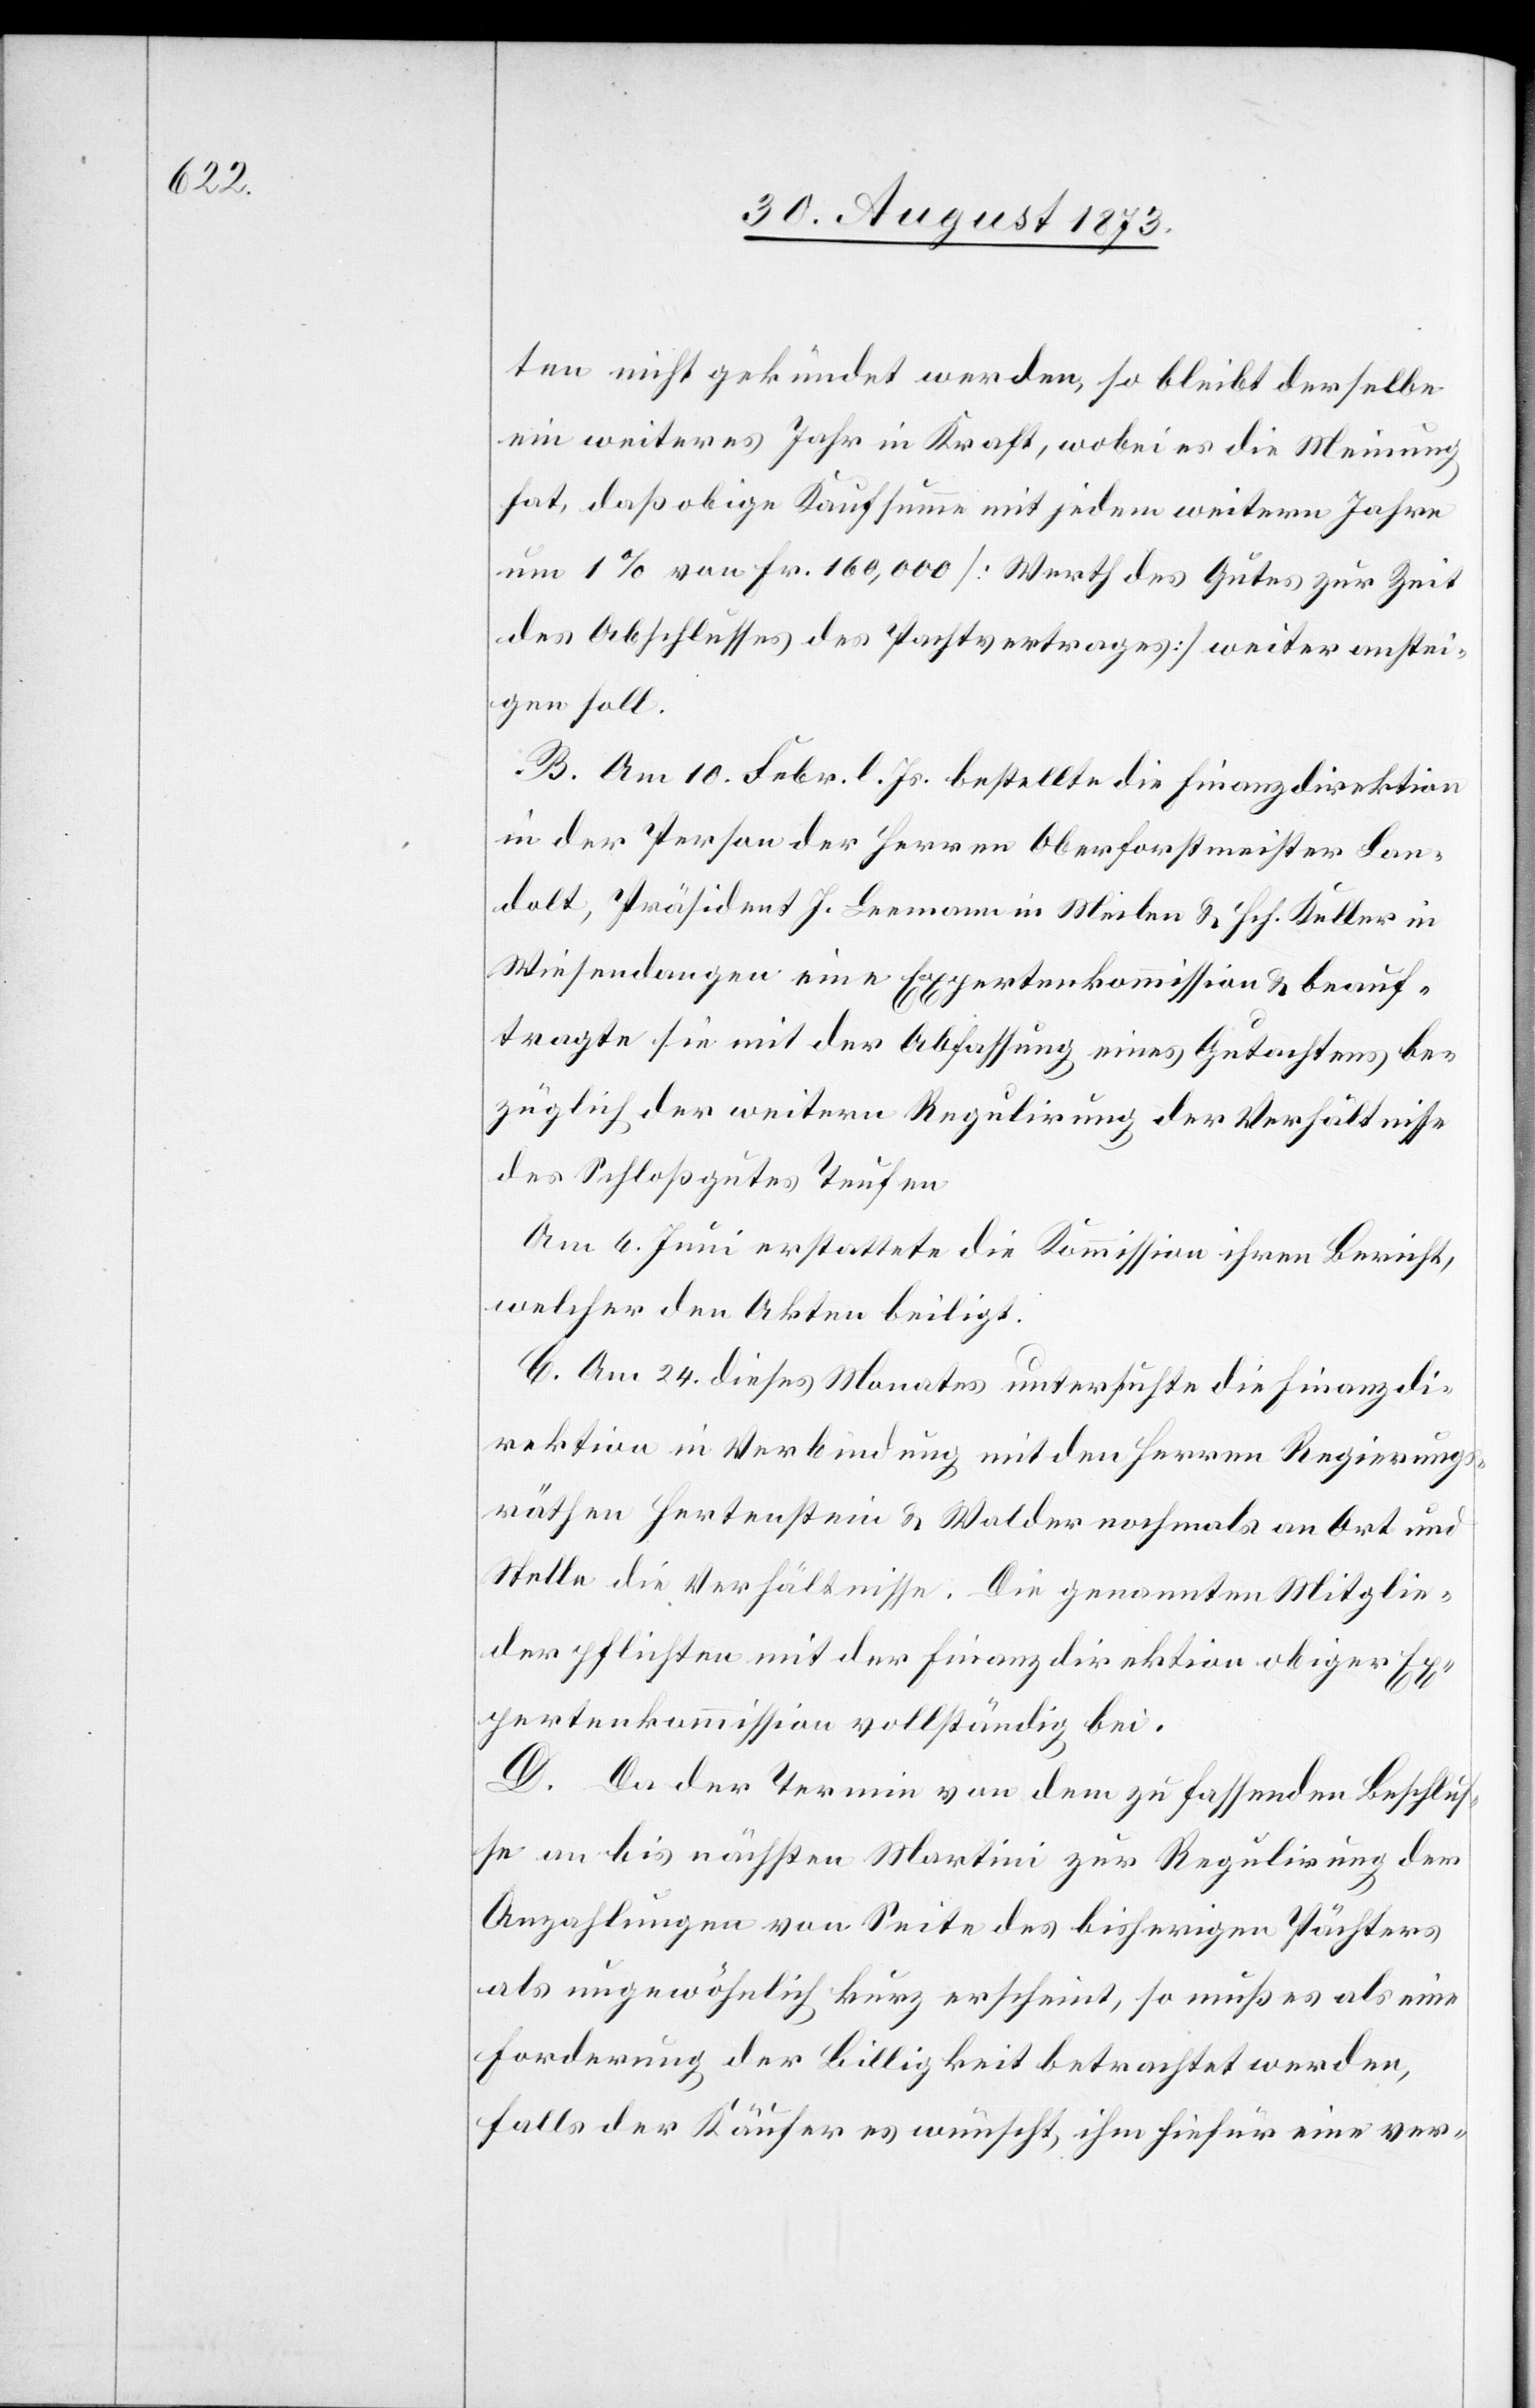
ten nicht gekündet werden, so bleibt derselbe
ein weiteres Jahr in Kraft, wobei es [sic!] die Meinung
hat, daß obige Kaufsumme mit jedem weitern Jahre
um 1% von Fr. 160,000 [Werth des Gutes zur Zeit
des Abschlusses des Pachtvertrages] weiter anstei¬
gen soll.
B. Am 10. Febr. l. Js. bestellte die Finanzdirektion
in der Person der Herren Oberforstmeister Lan¬
dolt, Präsident J. Leemann in Meilen & Hch. Keller in
Wiesendangen eine Expertenkommission & beauf¬
tragte sie mit der Abfassung eines Gutachtens be¬
züglich der weitern Regulirung der Verhältnisse
des Schloßgutes Teufen[.]
Am 6. Juni erstattete die Kommission ihren Bericht,
welcher den Akten beiligt
C. Am 24. dieses Monates untersuchte die Finanzdi¬
rektion in Verbindung mit den Herren Regierungs¬
räthen Hertenstein & Walder nochmals an Ort und
Stelle die Verhältnisse. Die genannten Mitglie¬
der pflichten mit der Finanzdirektion obiger Ex¬
pertenkommission vollständig bei.
D. Da der Termin von dem zu fassenden Beschlus¬
se an bis nächsten Martini zur Regulirung der
Anzahlungen von Seite des bisherigen Pächters
als ungewöhnlich kurz erscheint, so muß es als eine
Forderung der Billigkeit betrachtet werden,
falls der Käufer es wünscht, ihm hierfür eine ver-